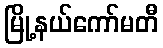
မြို့နယ်ကော်မတီ